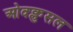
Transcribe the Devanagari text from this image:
ओक्क्लुसल